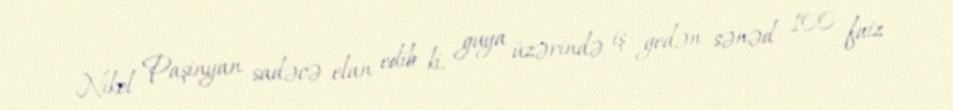
Nikol Paşinyan sadəcə elan edib ki, guya üzərində iş gedən sənəd 100 faiz